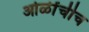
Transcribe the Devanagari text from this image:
ओळींचीच